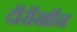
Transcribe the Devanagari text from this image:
दॉरॉखॉन